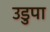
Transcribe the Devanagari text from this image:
उडुपा